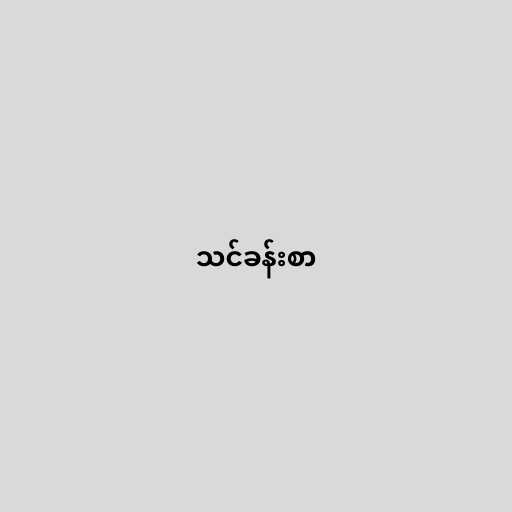
သင်ခန်းစာ